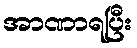
အာဏာရပြီး